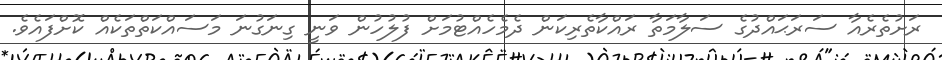
ރަށުތެރެއާ ސަރަޙައްދުގެ ސަލާމަތާ ރައްކާތެރިކަން ދެމެހެއްޓުމަށް ފުލުހުން ވަނީ ގިނަގުނަ މަސައްކަތްތަކެއް ކޮށްފައެވެ.